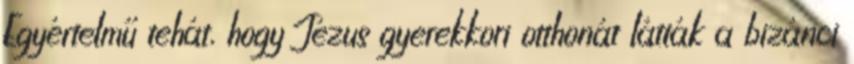
Egyértelmű tehát, hogy Jézus gyerekkori otthonát látták a bizánci